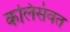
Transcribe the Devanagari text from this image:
कलिसंवत